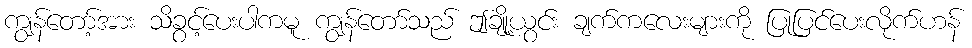
ကျွန်တော့်အား သိခွင့်ပေးပါကမူ ကျွန်တော်သည် ဤချို့ယွင်း ချက်ကလေးများကို ပြုပြင်ပေးလိုက်ဟန်